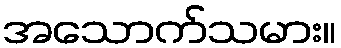
အသောက်သမား။